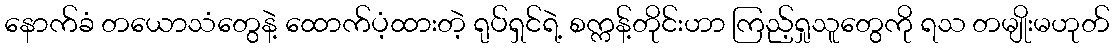
နောက်ခံ တယောသံတွေနဲ့ ထောက်ပံ့ထားတဲ့ ရုပ်ရှင်ရဲ့ စက္ကန့်တိုင်းဟာ ကြည့်ရှုသူတွေကို ရသ တမျိုးမဟုတ်